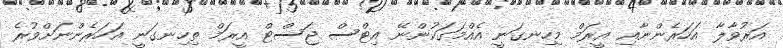
އަރުވާލާ އަހަރެންނާއި އީރަމް މިހިނގަނީ އެއްމަގަކުންނޭ އިޓްސް ޖަސްޓް އީރަމް ތިހިނގަނީ އަހަރެންނަށްވުރެ